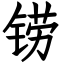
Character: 铹